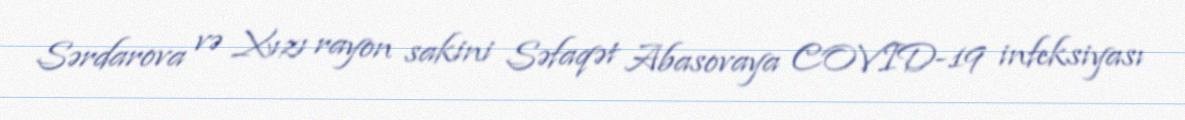
Sərdarova və Xızı rayon sakini Səfaqət Abasovaya COVID-19 infeksiyası